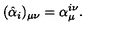
( \hat { \alpha } _ { i } ) _ { \mu \nu } = \alpha _ { \mu } ^ { i \nu } .